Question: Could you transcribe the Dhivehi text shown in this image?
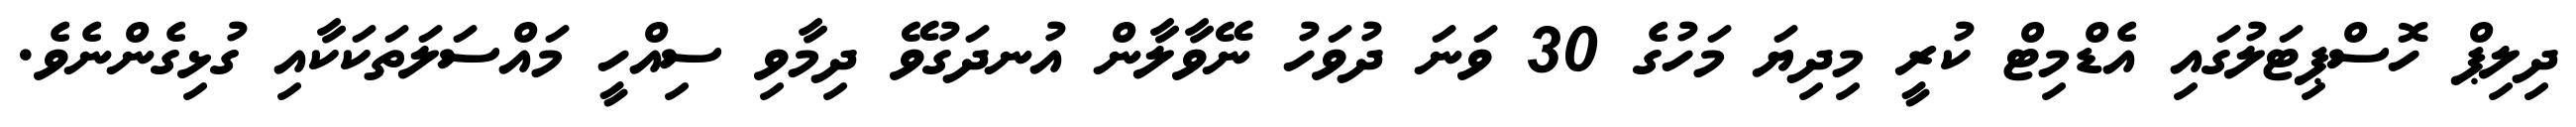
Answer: ދިލިޕް ހޮސްޕިޓަލުގައި އެޑްމިޓް ކުރީ މިދިޔަ މަހުގެ 30 ވަނަ ދުވަހު ނޭވާލާން އުނދަގުވޭ ދިމާވި ސިއްހީ މައްސަލަތަކަކާއި ގުޅިގެންނެވެ.